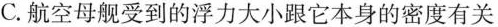
C.航空母舰受到的浮力大小跟它本身的密度有关